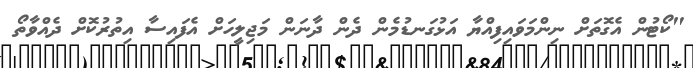
"ކޯޓުން އެގޮތަށް ނިންމަވައިފިއްޔާ އަޅުގަނޑުމެން ދެން ދާނަން މަޖިލީހަށް އެފައިސާ އިތުރުކޮށް ދެއްވާތޯ